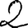
Digit: 2